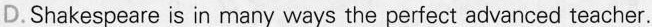
D.Shakespeare is in many ways the perfect advanced teacher.